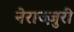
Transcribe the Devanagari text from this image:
नेराज्ज़ुरी